Burma Government Medical School reports 1923-41
Year: 1923
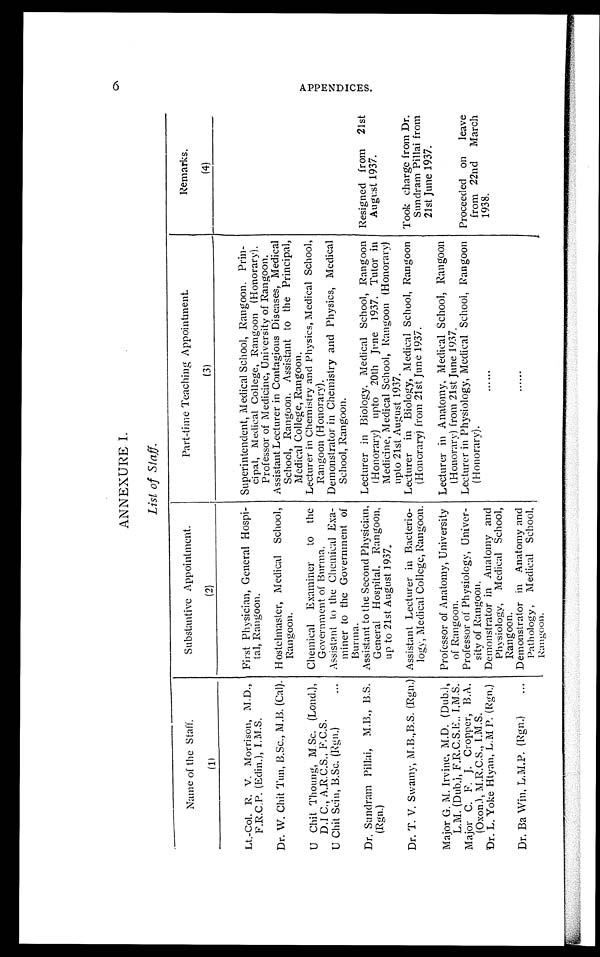
ANNEXURE I.
List of Staff.
Name of the Staff.
Substantive Appointment.
Part-time Teaching Appointment.
Remarks.
(1)
(2)
(3)
(4)
Lt.-Col. R. V. Morrison, M.D.,
F.R.C.P. (Edin.), I.M.S.
First Physician, General Hospi-
tal, Rangoon.
Superintendent, Medical School, Rangoon. Prin-
cipal, Medical College, Rangoon (Honorary).
Professor of Medicine, University of Rangoon.
Dr. W. Chit Tun, B.Sc., M.B. (Cal). Hostelmaster, Medical School,
Rangoon.
Assistant Lecturer in Contagious Diseases, Medical
School, Rangoon. Assistant to the Principal,
Medical College, Rangoon.
U Chit Thoung, M.Sc. (Loud.),
D.I C., A.R.C.S., F.C.S.
Chemical Examiner to the
Government of Burma.
Lecturer in Chemistry and Physics, Medical School,
Rangoon (Honorary).
U Chit Sein, B.Sc. (Rgn.)
Assistant to the Chemical Exa-
miner to the Government of
Burma.
Demonstrator in Chemistry and Physics, Medical
School, Rangoon.
Dr. Sundram Pillai, M.B., B.S.
(Rgn.)
Assistant to the Second Physician,
General Hospital, Rangoon,
up to 21st August 1937.
Lecturer in Biology, Medical School, Rangoon
(Honorary) upto 20th June 1937. Tutor in
Medicine, Medical School, Rangoon (Honorary)
upto 21st August 1937.
Resigned from 21st
August 1937.
Dr. T. V. Swamy, M.B.,B.S. (Rgn.) Assistant Lecturer in Bacterio-
logy, Medical College, Rangoon.
Lecturer in Biology, Medical School, Rangoon
(Honorary) from 21st June 1937.
Took charge from Dr.
Sundram Pillai from
21st June 1937.
Major G. M. Irvine, M.D. (Dub.)
L.M. (Dub.), F.R.C.S.E., I.M.S.
Professor of Anatomy, University
of Rangoon.
Lecturer in Anatomy, Medical School, Rangoon
(Honorary) from 21st June 1937.
Major C. F. J. Cropper, B.A.
(Oxon.), M.R.C.S., I.M.S.
Professor of Physiology, Univer-
sity of Rangoon.
Lecturer in Physiology, Medical School, Rangoon
(Honorary).
Proceeded on leave
from 22nd March
1938.
Dr. L. Yoke Htyan, L.M P. (Rgn.) Demonstrator in Anatomy and
Physiology, Medical School.
Rangoon.
Dr. Ba Win, L.M.P. (Rgn.)
Demonstrator in Anatomy and
Pathology, Medical School,
Rangoon.
A P P E N D I C E S .